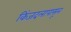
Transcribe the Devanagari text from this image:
किंजदलापासून